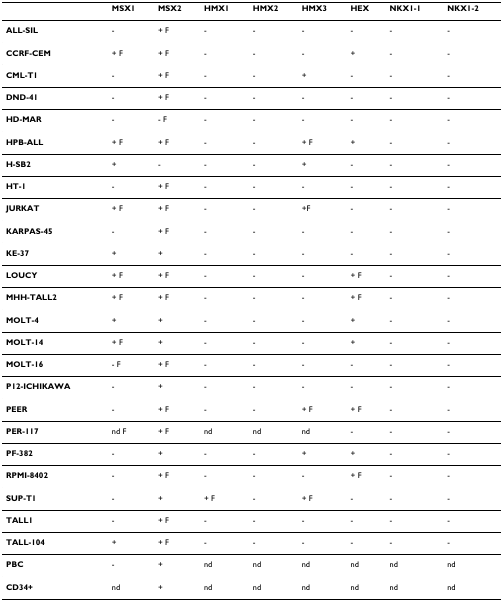
<table><thead><tr><td></td><td><b>MSX1</b></td><td><b>MSX2</b></td><td><b>HMX1</b></td><td><b>HMX2</b></td><td><b>HMX3</b></td><td><b>HEX</b></td><td><b>NKX1-1</b></td><td><b>NKX1-2</b></td></tr></thead><tbody><tr><td><b>ALL-SIL</b></td><td>-</td><td>+ F</td><td>-</td><td>-</td><td>-</td><td>-</td><td>-</td><td>-</td></tr><tr><td><b>CCRF-CEM</b></td><td>+ F</td><td>+ F</td><td>-</td><td>-</td><td>-</td><td>+</td><td>-</td><td>-</td></tr><tr><td><b>CML-T1</b></td><td>-</td><td>+ F</td><td>-</td><td>-</td><td>+</td><td>-</td><td>-</td><td>-</td></tr><tr><td><b>DND-41</b></td><td>-</td><td>+ F</td><td>-</td><td>-</td><td>-</td><td>-</td><td>-</td><td>-</td></tr><tr><td><b>HD-MAR</b></td><td>-</td><td>- F</td><td>-</td><td>-</td><td>-</td><td>-</td><td>-</td><td>-</td></tr><tr><td><b>HPB-ALL</b></td><td>+ F</td><td>+ F</td><td>-</td><td>-</td><td>+ F</td><td>+</td><td>-</td><td>-</td></tr><tr><td><b>H-SB2</b></td><td>+</td><td>-</td><td>-</td><td>-</td><td>+</td><td>-</td><td>-</td><td>-</td></tr><tr><td><b>HT-1</b></td><td>-</td><td>+ F</td><td>-</td><td>-</td><td>-</td><td>-</td><td>-</td><td>-</td></tr><tr><td><b>JURKAT</b></td><td>+ F</td><td>+ F</td><td>-</td><td>-</td><td>+F</td><td>-</td><td>-</td><td>-</td></tr><tr><td><b>KARPAS-45</b></td><td>-</td><td>+ F</td><td>-</td><td>-</td><td>-</td><td>-</td><td>-</td><td>-</td></tr><tr><td><b>KE-37</b></td><td>+</td><td>+</td><td>-</td><td>-</td><td>-</td><td>-</td><td>-</td><td>-</td></tr><tr><td><b>LOUCY</b></td><td>+ F</td><td>+ F</td><td>-</td><td>-</td><td>-</td><td>+ F</td><td>-</td><td>-</td></tr><tr><td><b>MHH-TALL2</b></td><td>+ F</td><td>+ F</td><td>-</td><td>-</td><td>-</td><td>+ F</td><td>-</td><td>-</td></tr><tr><td><b>MOLT-4</b></td><td>+</td><td>+</td><td>-</td><td>-</td><td>-</td><td>+</td><td>-</td><td>-</td></tr><tr><td><b>MOLT-14</b></td><td>+ F</td><td>+</td><td>-</td><td>-</td><td>-</td><td>+</td><td>-</td><td>-</td></tr><tr><td><b>MOLT-16</b></td><td>- F</td><td>+ F</td><td>-</td><td>-</td><td>-</td><td>-</td><td>-</td><td>-</td></tr><tr><td><b>P12-ICHIKAWA</b></td><td>-</td><td>+</td><td>-</td><td>-</td><td>-</td><td>-</td><td>-</td><td>-</td></tr><tr><td><b>PEER</b></td><td>-</td><td>+ F</td><td>-</td><td>-</td><td>+ F</td><td>+ F</td><td>-</td><td>-</td></tr><tr><td><b>PER-117</b></td><td>nd F</td><td>+ F</td><td>nd</td><td>nd</td><td>nd</td><td>-</td><td>-</td><td>-</td></tr><tr><td><b>PF-382</b></td><td>-</td><td>+</td><td>-</td><td>-</td><td>+</td><td>+</td><td>-</td><td>-</td></tr><tr><td><b>RPMI-8402</b></td><td>-</td><td>+ F</td><td>-</td><td>-</td><td>-</td><td>+ F</td><td>-</td><td>-</td></tr><tr><td><b>SUP-T1</b></td><td>-</td><td>+</td><td>+ F</td><td>-</td><td>+ F</td><td>-</td><td>-</td><td>-</td></tr><tr><td><b>TALL1</b></td><td>-</td><td>+ F</td><td>-</td><td>-</td><td>-</td><td>-</td><td>-</td><td>-</td></tr><tr><td><b>TALL-104</b></td><td>+</td><td>+ F</td><td>-</td><td>-</td><td>-</td><td>-</td><td>-</td><td>-</td></tr><tr><td><b>PBC</b></td><td>-</td><td>+</td><td>nd</td><td>nd</td><td>nd</td><td>nd</td><td>nd</td><td>nd</td></tr><tr><td><b>CD34+</b></td><td>nd</td><td>+</td><td>nd</td><td>nd</td><td>nd</td><td>nd</td><td>nd</td><td>nd</td></tr></tbody></table>